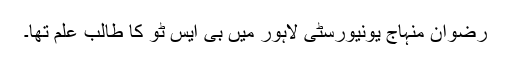
رضوان منہاج یونیورسٹی لاہور میں بی ایس ٹو کا طالب علم تھا۔